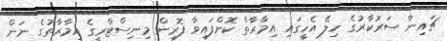
ޗައިނާ ސަރުކާރުގެ ހިލޭ އެހީގައި އިމާރާތް ކޮށްފައިވާ ފޮރިން މިނިސްޓްރީގެ އިމާރާތުގެ ނަން